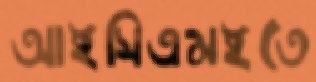
আইসিএমইতে